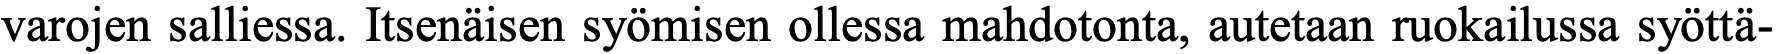
varojen salliessa. Itsenäisen syömisen ollessa mahdotonta, autetaan ruokailussa syöttä-